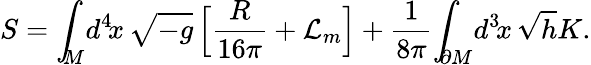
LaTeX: S={\int}_{\! \! M}d^{4}\! x\, \sqrt{-g}\, \Big[{\frac{R}{16\pi}}+{\cal L}_{m}\Big]+\frac{1}{8{\pi}}{\int}_{\! \! \partial M}d^{3}\! x\, \sqrt{h}K.